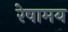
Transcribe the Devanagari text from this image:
रेषामय